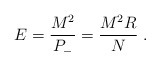
\begin{align*}E = \frac{M^2}{P_-} = \frac{M^2 R}{N} \; .\end{align*}